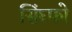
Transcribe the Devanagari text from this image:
सिंघ्फो